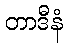
တာဒီနံ